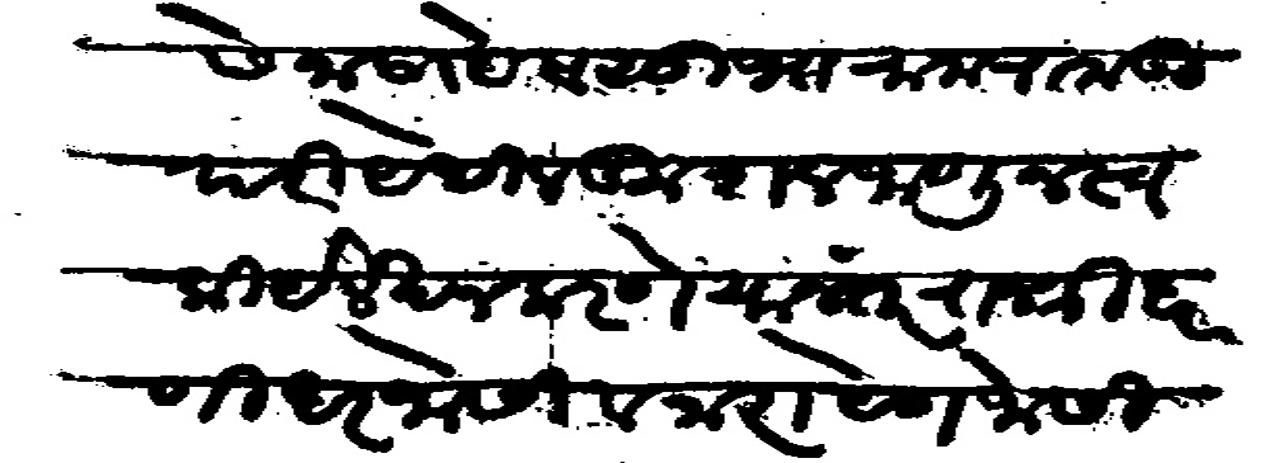
Transliteration (Devanagari): सेना साहेब सुभा राम राम ऊपरी येथील कुशल जाणुन स्वकिये लेखन करणे यानंतर राजश्री धरणीधर जोसी व नारायण जोसी